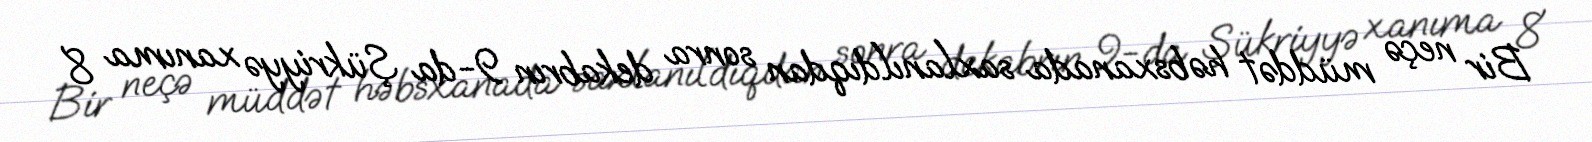
Bir neçə müddət həbsxanada saxlanıldıqdan sonra dekabrın 9-da Şükriyyə xanıma 8